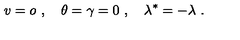
v = o \ , \quad \theta = \gamma = 0 \ , \quad \lambda ^ { * } = - \lambda \ .